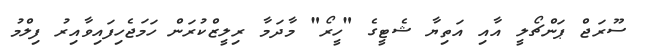
ސޫރަޖް ޕަންޗޯލީ އާއި އަތިޔާ ޝެޓީގެ "ހީރޯ" މާދަމާ ރިލީޒްކުރަން ހަމަޖެހިފައިވާއިރު ފިލްމު